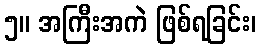
၅။ အကြီးအကဲ ဖြစ်ရခြင်း၊